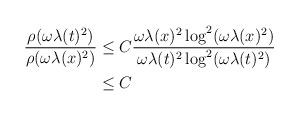
LaTeX: \begin{align*} \frac{\rho(\omega \lambda(t)^{2})}{\rho(\omega \lambda(x)^{2})} &\leq C \frac{\omega \lambda(x)^{2} \log^{2}(\omega \lambda(x)^{2})}{\omega \lambda(t)^{2} \log^{2}(\omega \lambda(t)^{2})} \\&\leq C\end{align*}